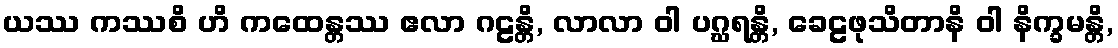
ယဿ ကဿစိ ဟိ ကထေန္တဿ ဧလာ ဂဠန္တိ, လာလာ ဝါ ပဂ္ဃရန္တိ, ခေဠဖုသိတာနိ ဝါ နိက္ခမန္တိ,